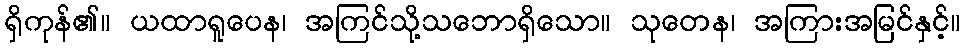
ရှိကုန်၏။ ယထာရူပေန၊ အကြင်သို့သဘောရှိသော။ သုတေန၊ အကြားအမြင်နှင့်။